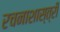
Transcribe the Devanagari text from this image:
रचनाशास्त्री